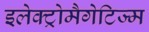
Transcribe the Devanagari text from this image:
इलेक्ट्रोमैगेटिज्म